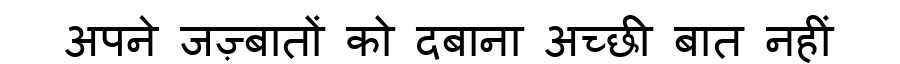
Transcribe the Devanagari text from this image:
अपने जज़्बातों को दबाना अच्छी बात नहीं